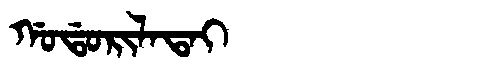
Manchu: ᡤᠣᡩᠣᡵᡳᠯᠠᡨᠠᡳ
Romanization: GODORILATAI